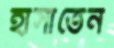
হাসাতেন